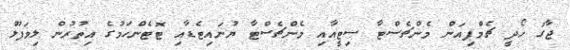
ޖާގަ ހޯދީ ޗެމްޕިއަން މެންޗެސްޓާ ސިޓީއާއި މެންޗެސްޓާ ޔުނައިޓެޑާއި ޓޮޓެންހަމުގެ އިތުރުން ލިވަޕޫލް